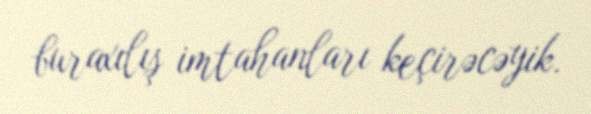
buraxılış imtahanları keçirəcəyik.